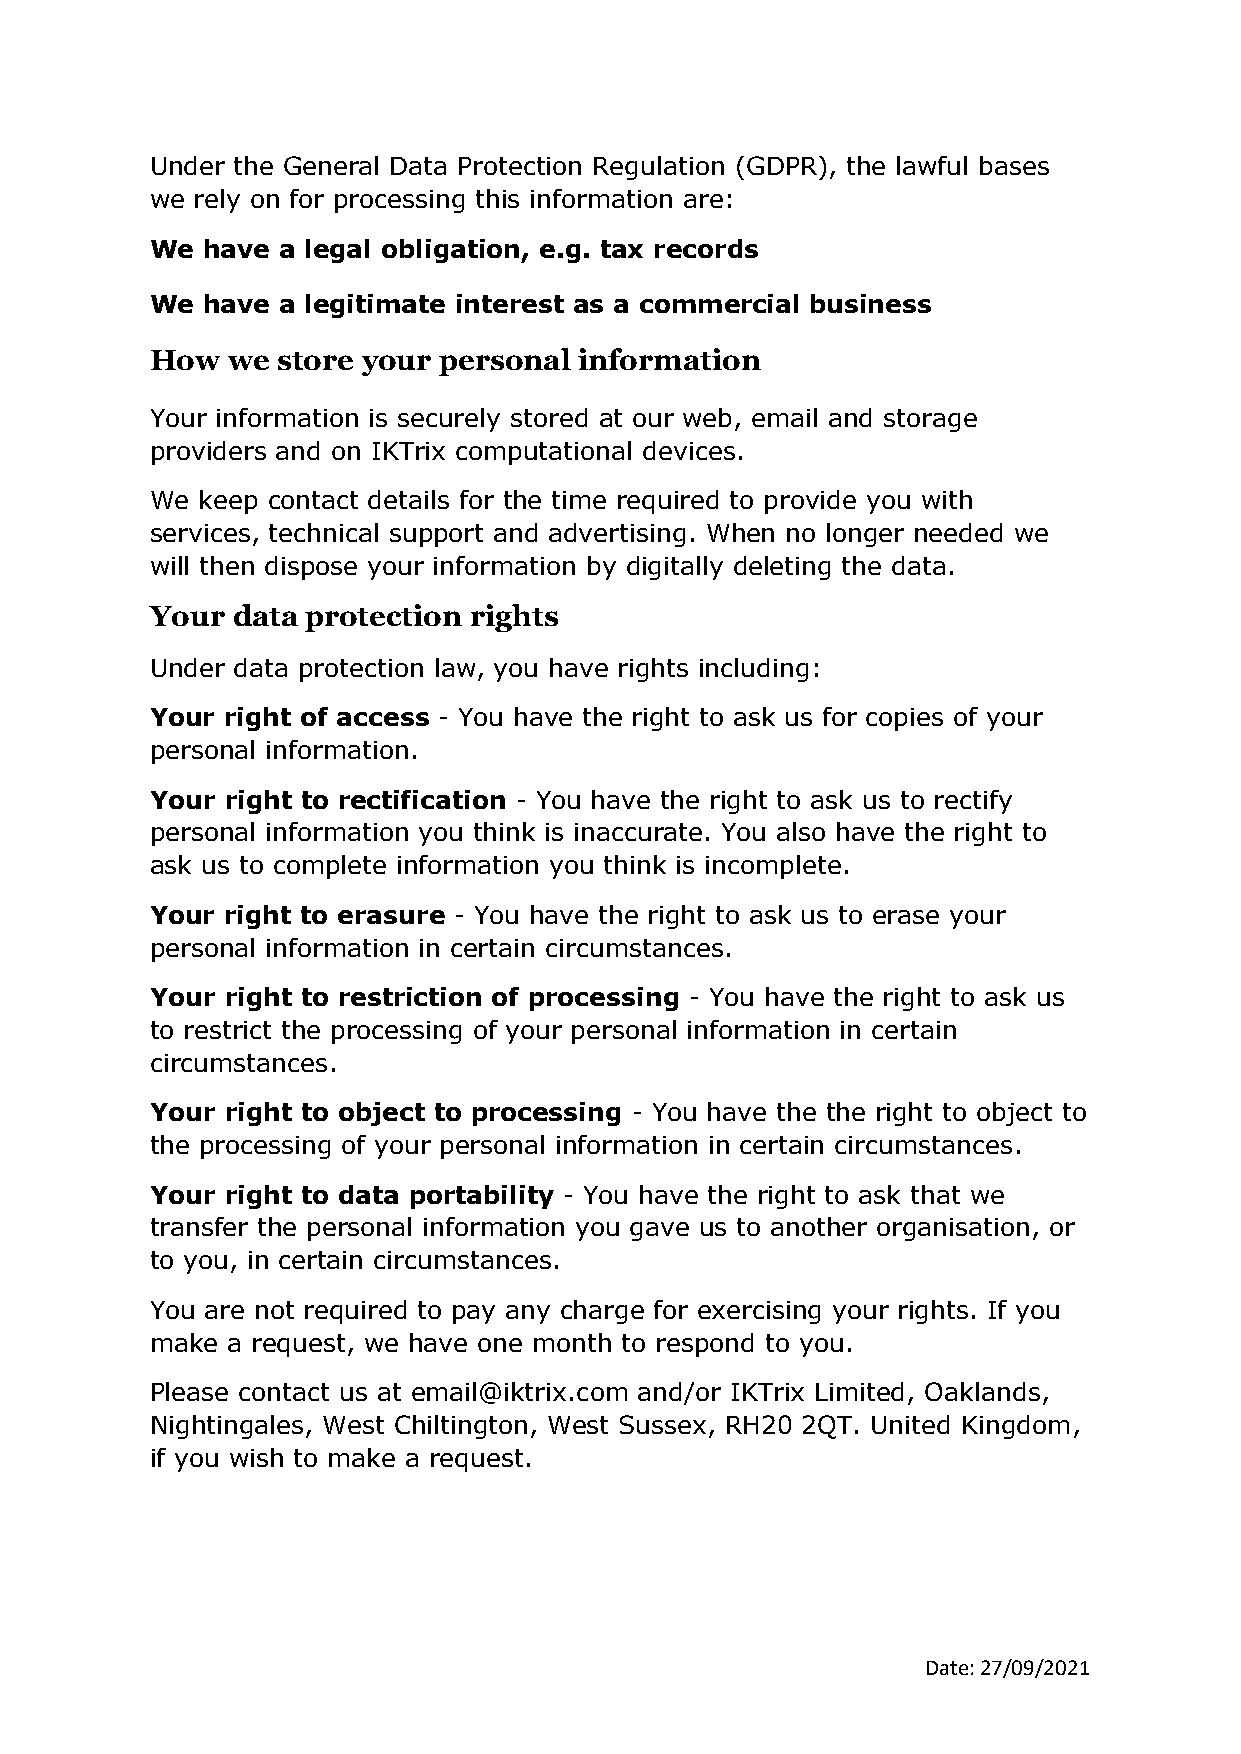
Under the General Data Protection Regulation (GDPR), the lawful bases
 we rely on for processing this information are:
 We have  a legal obligation, e.g. tax records
 We have  a legitimate interest as a commercial business
 How  we store your personal information
 Your information is securely stored at our web, email and storage
 providers and on IKTrix computational devices.
 We keep contact details for the time required to provide you with
 services, technical support and advertising. When no longer needed we
 will then dispose your information by digitally deleting the data.
 Your data protection rights
 Under data protection law, you have rights including:
 Your right of access - You have the right to ask us for copies of your
 personal information.
 Your right to rectification - You have the right to ask us to rectify
 personal information you think is inaccurate. You also have the right to
 ask us to complete information you think is incomplete.
 Your right to erasure - You have the right to ask us to erase your
 personal information in certain circumstances.
 Your right to restriction of processing - You have the right to ask us
 to restrict the processing of your personal information in certain
 circumstances.
 Your right to object to processing - You have the the right to object to
 the processing of your personal information in certain circumstances.
 Your right to data portability - You have the right to ask that we
 transfer the personal information you gave us to another organisation, or
 to you, in certain circumstances.
 You are not required to pay any charge for exercising your rights. If you
 make a request, we have one month to respond to you.
 Please contact us at email@iktrix.com and/or IKTrix Limited, Oaklands,
 Nightingales, West Chiltington, West Sussex, RH20 2QT. United Kingdom,
 if you wish to make a request.
 Date: 27/09/2021